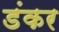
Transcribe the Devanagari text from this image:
डंकर